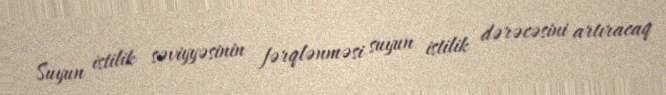
Suyun istilik səviyyəsinin fərqlənməsi suyun istilik dərəcəsini artıracaq